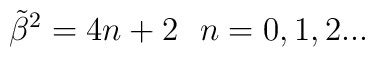
{\tilde \beta}^2 = 4n +2 \ \ n = 0,1,2...